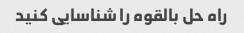
راه حل بالقوه را شناسایی کنید